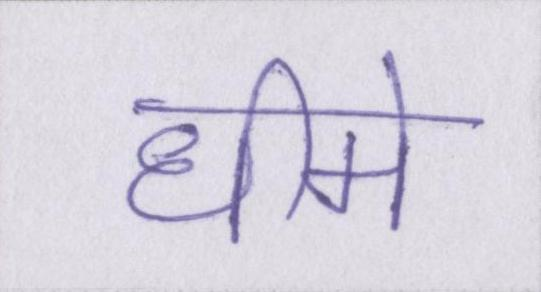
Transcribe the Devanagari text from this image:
धीमे